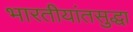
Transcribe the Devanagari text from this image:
भारतीयांतसुद्धा